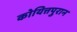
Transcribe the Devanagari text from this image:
कोयित्तपुरान